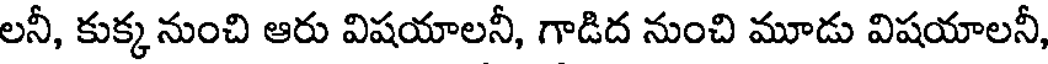
లనీ, కుక్కనుంచి ఆరు విషయాలనీ, గాడిద నుంచి మూడు విషయాలనీ,